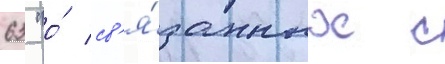
63 "о́ св'я́занных с